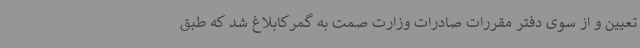
تعیین و از سوی دفتر مقررات صادرات وزارت صمت به گمرکابلاغ شد که طبق